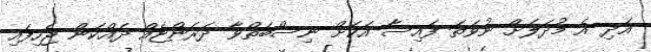
އަދި އެ މުދަލަށް ނުވަތަ ފައިސާ އަކަށް ނިސްބަތްވާ ދަރަންޏެއް ދައްކަން ޖެހިފައި